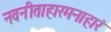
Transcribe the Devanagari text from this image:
नवनीताहारमनाहारं